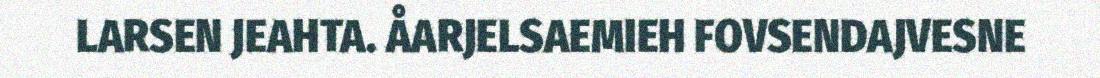
LARSEN JEAHTA. ÅARJELSAEMIEH FOVSENDAJVESNE